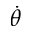
\dot { \theta }